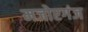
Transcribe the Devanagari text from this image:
मजोरगंज